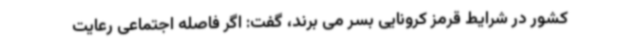
کشور در شرایط قرمز کرونایی بسر می برند، گفت: اگر فاصله اجتماعی رعایت